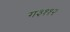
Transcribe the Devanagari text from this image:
ग३११२